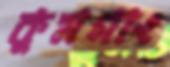
কুমগাং